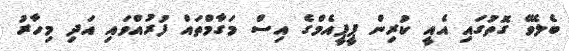
ބެލެވޭ ގޮތުގައި އެއީ ކުރިން ޕީޕީއެމްގެ އިސް މަގާމްތައް ފުރުއްވައި އަދި މިހާރު